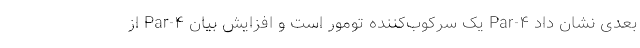
بعدی نشان داد Par-۴ یک سرکوب‌کننده تومور است و افزایش بیان Par-۴ از